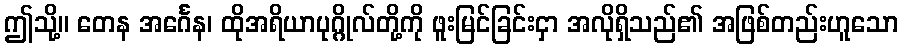
ဤသို့။ တေန အင်္ဂေန၊ ထိုအရိယာပုဂ္ဂိုလ်တို့ကို ဖူးမြင်ခြင်းငှာ အလိုရှိသည်၏ အဖြစ်တည်းဟူသော